Civil Veterinary Department Bengal reports 1923-33 - 1923-1933
Year: 1923
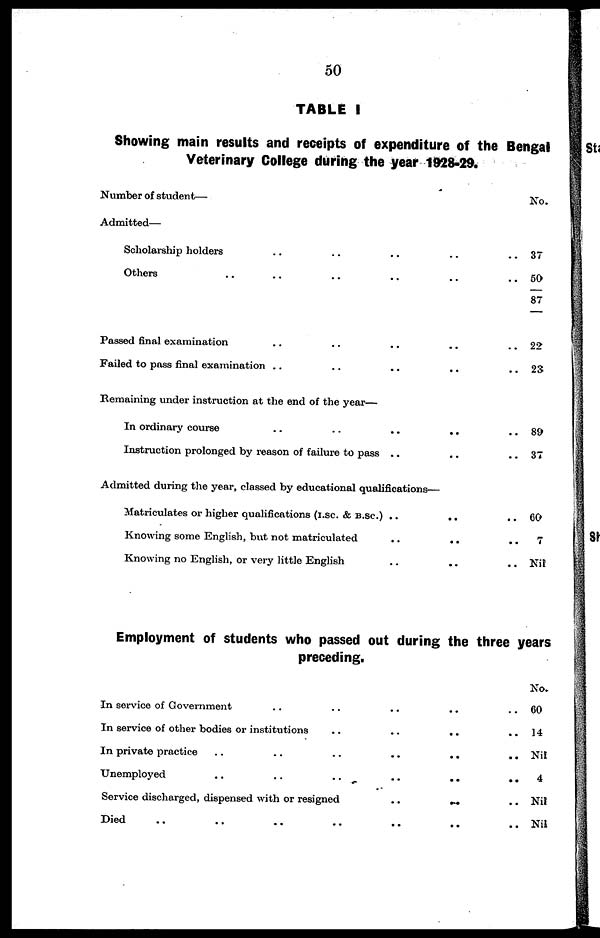
50
TABLE I
Showing main results and receipts of expenditure of the Bengal
Veterinary College during the year 1928-29.
Number of student—
Admitted—
Scholarship holders .. . . . . ... . . .
Others . . .. .. .. .. . . ....
Passed final examination .. .. .. .. . . ..
Failed to pass final examination ..
. .
..
..
Remaining under instruction at the end of the year—
In ordinary course
..
..
..
..
Instruction prolonged by reason of failure to pass .. .. ..
Admitted during the year, classed by educational qualifications—
Matriculates or higher qualifications (I.sc. & B.SC.) ..
..
..
Knowing some English, but not matriculated
..
..
..
Knowing no English, or very little English
..
..
No.
37
50
87
22
23
89
37
60
7
Nil
Employment of students who passed out during the three years
preceding.
In service of Government .. .. .. ..
In service of other bodies or institutions
..
..
..
In private practice
..
..
..
..
..
..
Unemployed
..
. .
. .
..
..
..
Service discharged, dispensed with or resigned
..
... ..
Died .. .. .. .. .. ..
No.
60
14
Nil
4
Nil
Nil